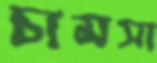
চামসা